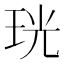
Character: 珖